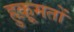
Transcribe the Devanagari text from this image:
हुक़ूमतों